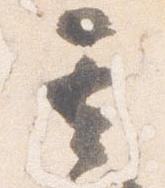
其